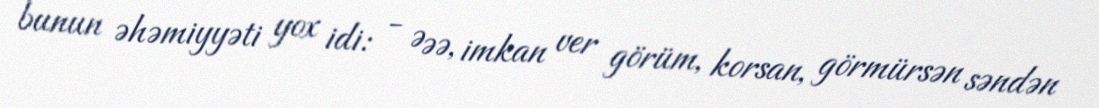
bunun əhəmiyyəti yox idi: - Əəə, imkan ver görüm, korsan, görmürsən səndən